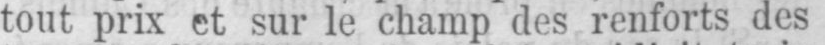
tout prix et sur le champ des renforts des